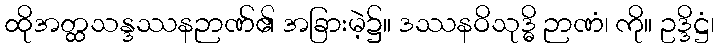
ထိုအတ္ထသန္ဒဿနဉာဏ်၏ အခြားမဲ့၌။ ဒဿနဝိသုဒ္ဓိ ဉာဏံ၊ ကို။ ဥဒ္ဒိဋ္ဌံ၊